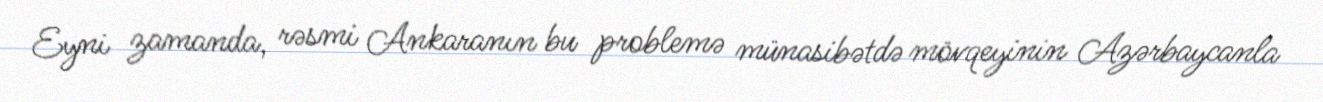
Eyni zamanda, rəsmi Ankaranın bu problemə münasibətdə mövqeyinin Azərbaycanla